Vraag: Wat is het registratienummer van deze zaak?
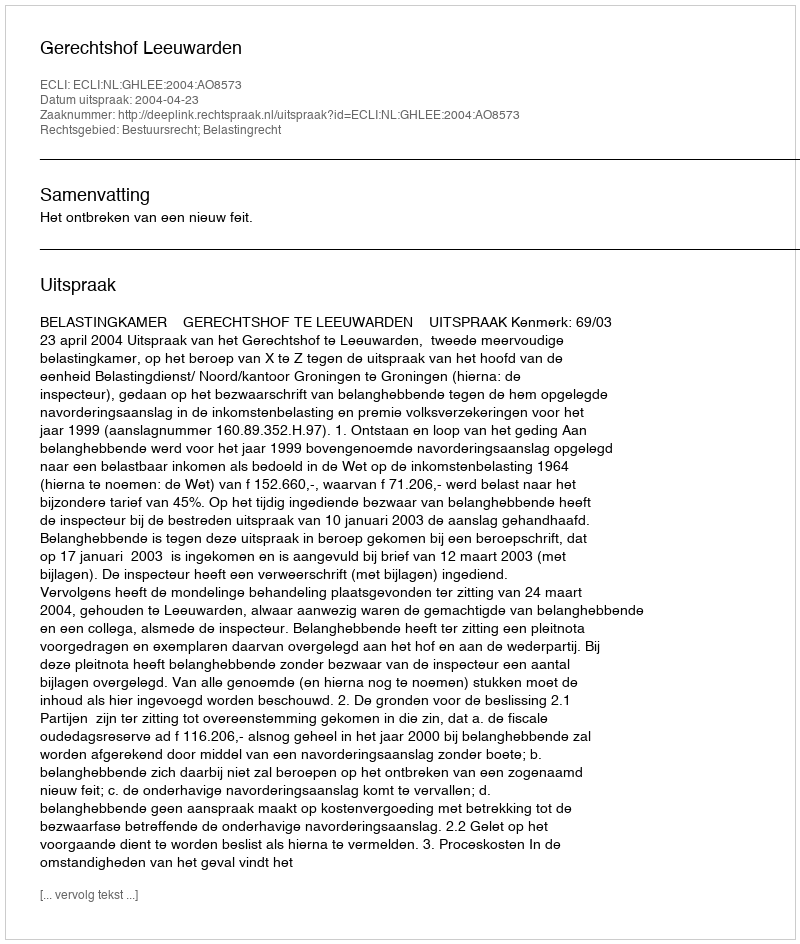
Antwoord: http://deeplink.rechtspraak.nl/uitspraak?id=ECLI:NL:GHLEE:2004:AO8573